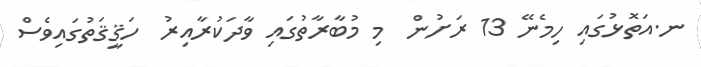
ނ.އަތޮޅުގައި ހިމެނޭ 13 ރަށުން  މި މުބާރާތުގައި ވާދަކުރާއިރު  ހަޤީޤަތުގައިވެސް